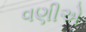
વણીએ